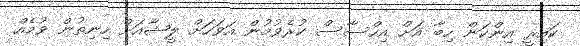
ކައިރީ އިންކަން ހިބާ އަށް އިހްސާސް ކުރެވުމުން އަވަހަށް ލީޝާއަށް ހިނިތުން ވުމެއް